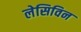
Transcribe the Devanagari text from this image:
लेसिविन